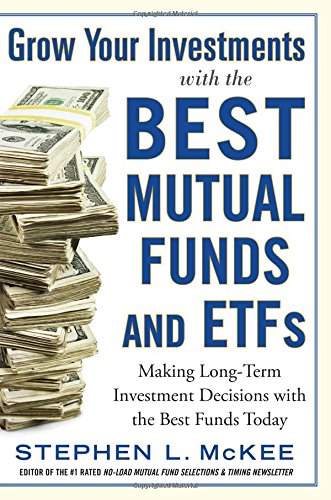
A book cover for Grow Your Investments with the Best Mutual Funds and ETF's: Making Long-Term Investment Decisions with the Best Funds Today; Stephen McKee; Business & Money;